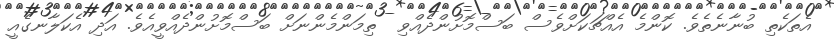
އެތަކެތި ބުނާނެތެވެ. ކޮންމެ އެއްޗަކަށްވެސް ބަސްމޮށުންދެއްވި  ތިމަންމެންނަށް ބަސްމޮށުންދެއްވީއެވެ. އަދި އެކަލާނގެއީ